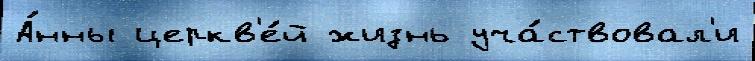
А́нны церкв'е́й жизнь уча́ствовал'и